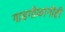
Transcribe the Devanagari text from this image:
गाडगीळांनीही